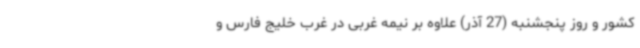
کشور و روز پنجشنبه (27 آذر) علاوه بر نیمه غربی در غرب خلیج فارس و